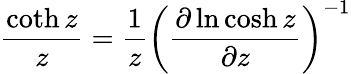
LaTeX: \frac{\coth z}{z}=\frac{1}{z}\left(\frac{\partial\ln\cosh z}{\partial z}\right)^{-1}